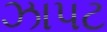
ઝાપટ